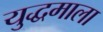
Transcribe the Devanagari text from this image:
युद्धमाला